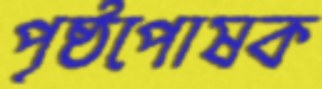
পৃষ্ঠপোষক